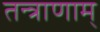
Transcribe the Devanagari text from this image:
तन्त्राणाम्